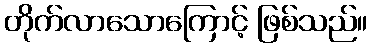
တိုက်လာသောကြောင့် ဖြစ်သည်။